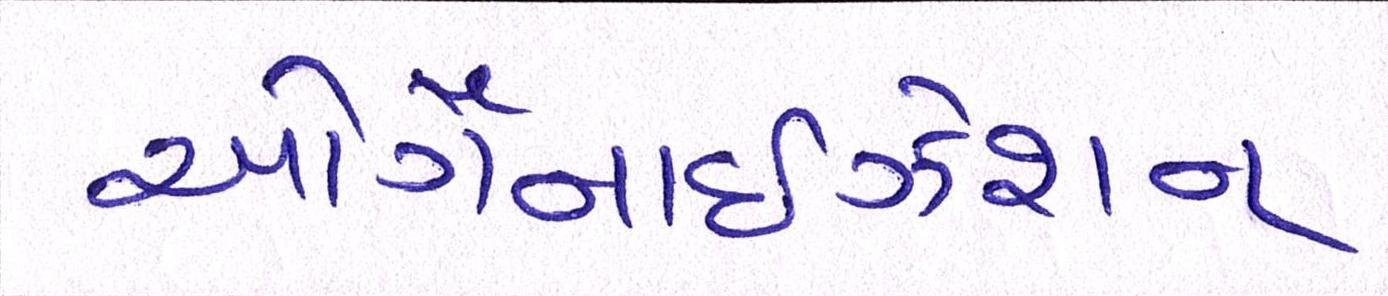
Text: ઓર્ગેનાઈઝેશન